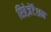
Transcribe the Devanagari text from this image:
रिप्रेज़ेंटेशन